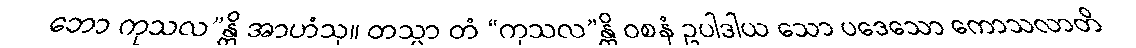
ဘော ကုသလ”န္တိ အာဟံသု။ တသ္မာ တံ “ကုသလ”န္တိ ဝစနံ ဥပါဒါယ သော ပဒေသော ကောသလာတိ